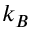
k _ { B }